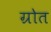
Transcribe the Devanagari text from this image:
ग्रोत